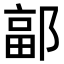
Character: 𮠄